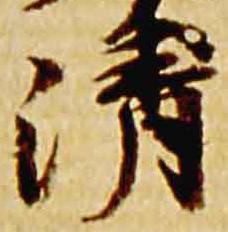
清